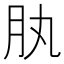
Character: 肒